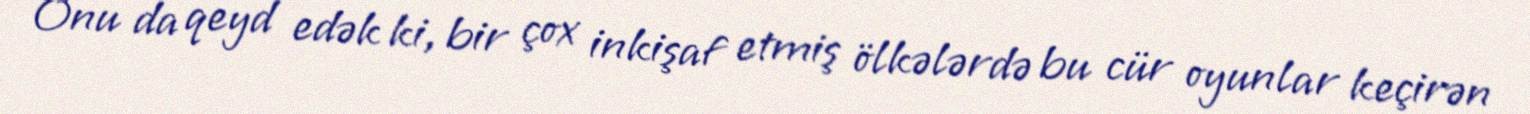
Onu da qeyd edək ki, bir çox inkişaf etmiş ölkələrdə bu cür oyunlar keçirən